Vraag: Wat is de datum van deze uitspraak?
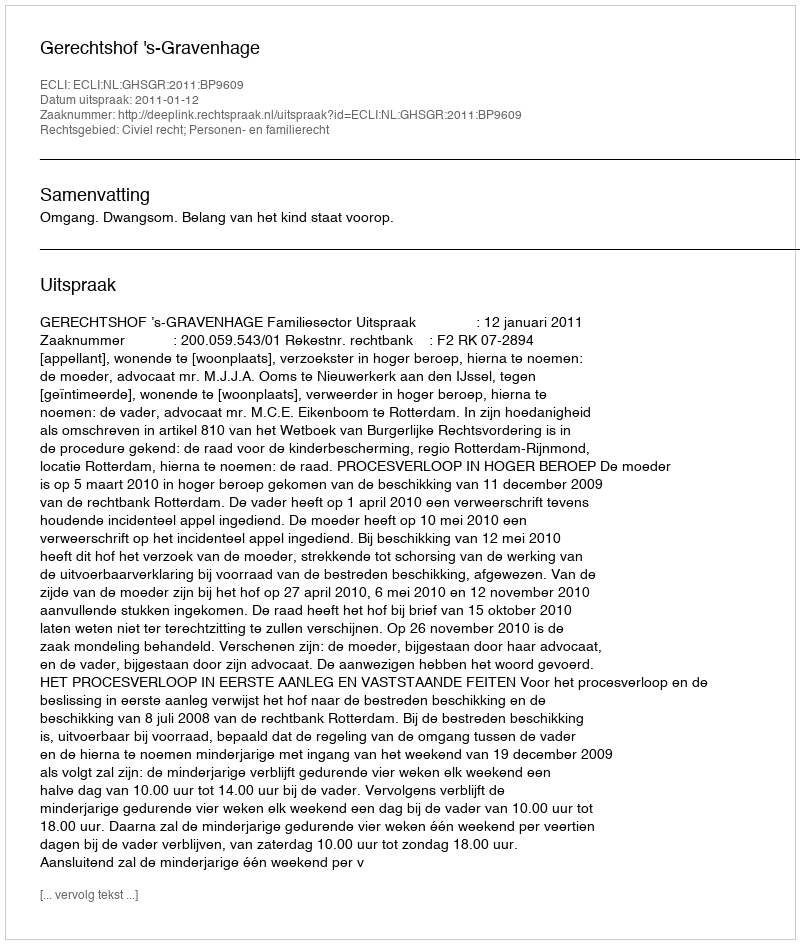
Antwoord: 2011-01-12